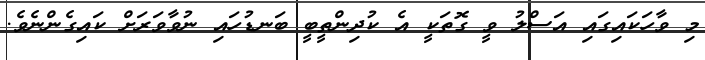
މި ވާހަކައިގައި އަސްލު ވީ ގޮތަކީ އެ ކުދިންތީބީ ބަނޑުހައި ނުވާވަރަށް ކައިގެންނެވެ.